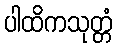
ပါထိကသုတ္တံ